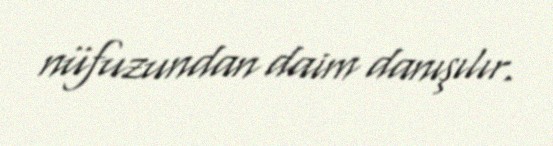
nüfuzundan daim danışılır.